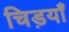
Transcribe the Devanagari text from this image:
चिड़याँ